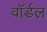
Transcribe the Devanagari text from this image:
वॉर्डल